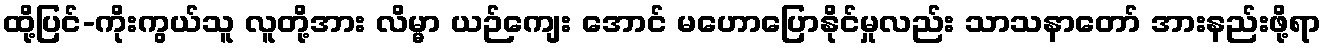
ထို့ပြင်-ကိုးကွယ်သူ လူတို့အား လိမ္မာ ယဉ်ကျေး အောင် မဟောပြောနိုင်မှုလည်း သာသနာတော် အားနည်းဖို့ရာ